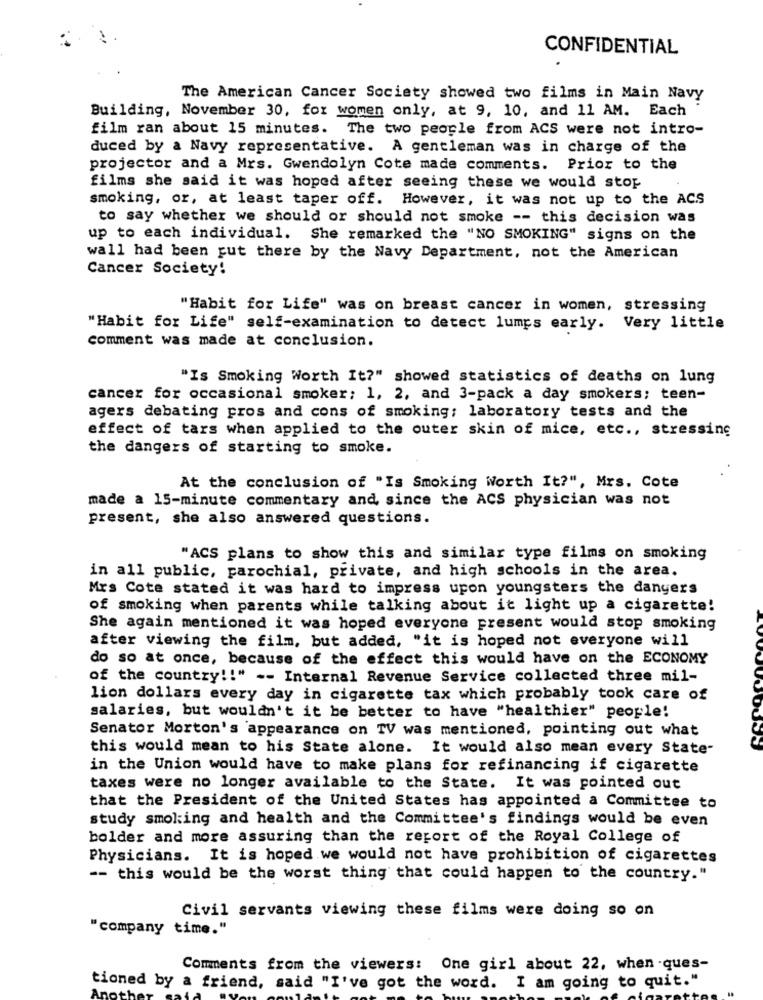
CONFIDENTIAL
The American Cancer Society showed two films in Main Navy
Building, November 30, for women only, at 9, 10, and 11 AM. Each
film ran about 15 minutes. The two people from ACS were not intro-
duced by a Navy representative. A gentleman was in charge of the
projector and a Mrs. Gwendolyn Cote made comments.
Prior to the
films she said it was hoped after seeing these we would stop
smoking, or, at least taper off. However, it was not up to the ACS
to say whether we should or should not smoke -- this decision was
up to each individual. She remarked the "NO SMOKING" signs on the
wall had been gut there by the Navy Department, not the American
Cancer Society!
"Habit for Life" was on breast cancer in women, stressing
"Habit for Life" self-examination to detect lumps early. Very little
comment was made at conclusion.
"Is Smoking Worth It?" showed statistics of deaths on lung
cancer for occasional smoker; 1, 2, and 3-pack a day smokers; teen-
agers debating pros and cons of smoking; laboratory tests and the
effect of tars when applied to the outer skin of mice, etc ., stressing
the dangers of starting to smoke.
At the conclusion of "Is Smoking Worth It?", Mrs. Cote
made a 15-minute commentary and, since the ACS physician was not
present, she also answered questions.
"ACS plans to show this and similar type films on smoking
in all public, parochial, private, and high schools in the area.
Mrs Cote stated it was hard to impress upon youngsters the dangers
of smoking when parents while talking about it light up a cigarette!
She again mentioned it was hoped everyone present would stop smoking
after viewing the film, but added, "it is hoped not everyone will
do so at once, because of the effect this would have on the ECONOMY
of the country !! " -- Internal Revenue Service collected three mil-
lion dollars every day in cigarette tax which probably took care of
salaries, but wouldn't it be better to have "healthier" people!
Senator Morton's appearance on TV was mentioned, pointing out what
this would mean to his State alone. It would also mean every State-
in the Union would have to make plans for refinancing if cigarette
taxes were no longer available to the State. It was pointed out
that the President of the United States has appointed a Committee to
study smoking and health and the Committee's findings would be even
bolder and more assuring than the report of the Royal College of
Physicians. It is hoped we would not have prohibition of cigarettes
-- this would be the worst thing that could happen to the country."
Civil servants viewing these films were doing so on
"company time."
Comments from the viewers: One girl about 22, when -ques-
tioned by a friend, said "I've got the word. I am going to quit."
Anoth